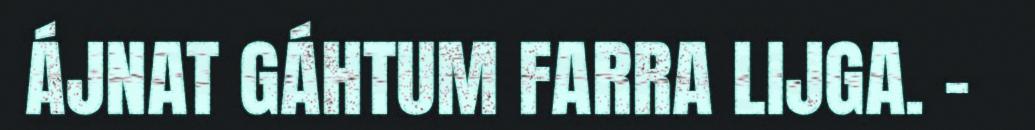
ÁJNAT GÁHTUM FARRA LIJGA. –